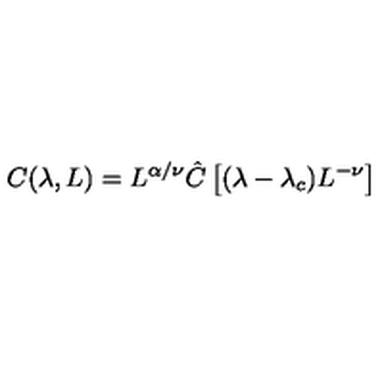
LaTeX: C ( \lambda , L ) = L ^ { \alpha / \nu } \hat { C } \left[ { ( \lambda - \lambda _ { c } ) L ^ { - \nu } } \right]